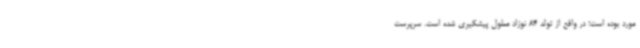
مورد بوده است؛ در واقع از تولد 84 نوزاد معلول پیشگیری شده است. سرپرست